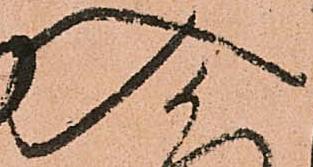
入